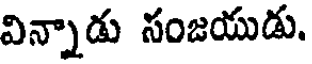
విన్నాడు సంజయుడు.